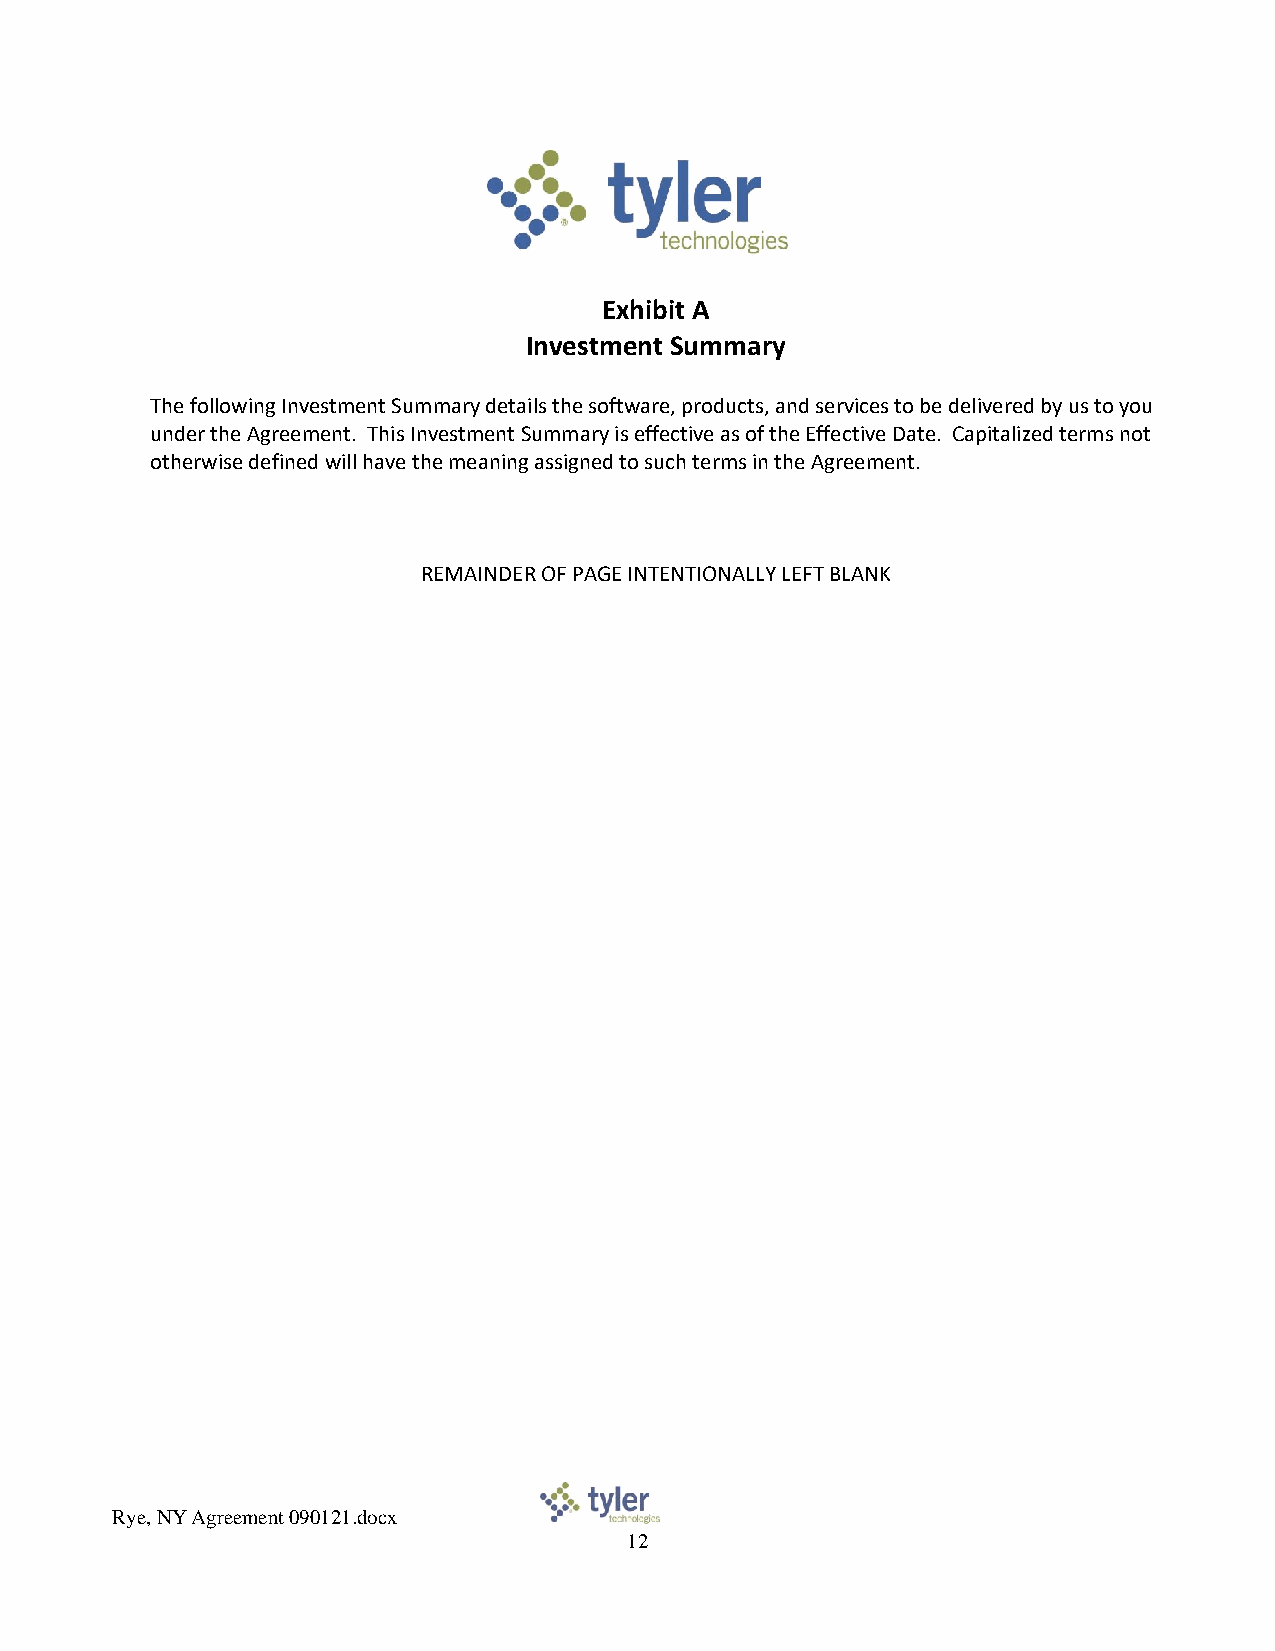
Exhibit A
 Investment Summary
 The following Investment Summary details the software, products, and services to be delivered by us to you
 under the Agreement. This Investment Summary is effective as of the Effective Date. Capitalized terms not
 otherwise defined will have the meaning assigned to such terms in the Agreement.
 REMAINDER OF PAGE INTENTIONALLY LEFT BLANK
 Rye, NY Agreement 090121.docx
 12